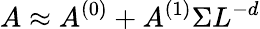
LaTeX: A\approx A^{(0)}+A^{(1)}\Sigma L^{-d}